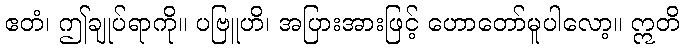
ဧတံ၊ ဤချုပ်ရာကို။ ပဗြူဟိ၊ အပြားအားဖြင့် ဟောတော်မူပါလော့။ ဣတိ